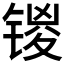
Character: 𰾞